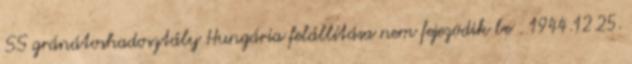
SS gránátoshadosztály Hungária felállítása nem fejezõdik be . 1944.12.25.